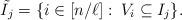
LaTeX: \begin{align*} \tilde{I_j}=\{i\in [n/\ell]:\: V_i\subseteq I_j\}.\end{align*}